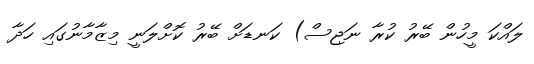
ލައްކަ މީހުން ބޭރު ކުރާ ނަޖިސް) ކަނޑަށް ބޭރު ކޮށްލަނީ މިޒާމާނުގައި ހަދާ